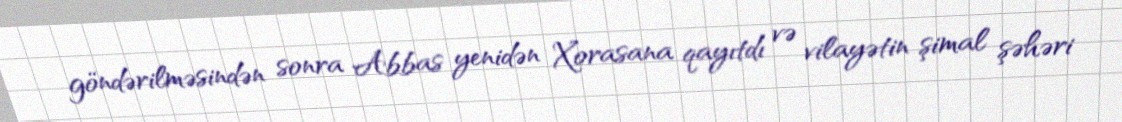
göndərilməsindən sonra Abbas yenidən Xorasana qayıtdı və vilayətin şimal şəhəri